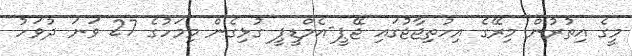
މީގެ އިތުރުން މިރޭގެ އިހުތިޖާޖުގައި ޖޭޕީ-އެމްޑީޕީ ގުޅިގެން މިމަހުގެ 27 ވަނަ ދުވަހު